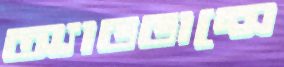
অ্যাডভান্সে